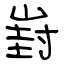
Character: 崶